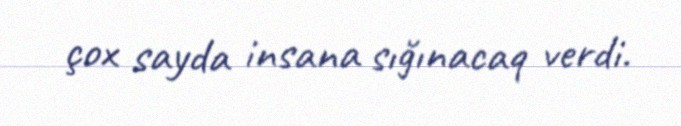
çox sayda insana sığınacaq verdi.